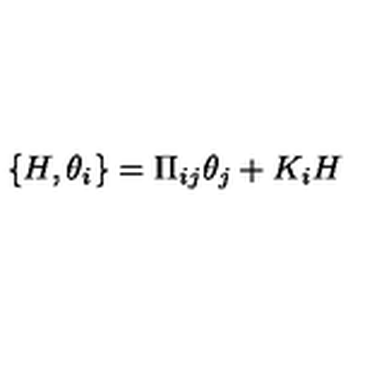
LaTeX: \{ H , \theta _ { i } \} = \Pi _ { i j } \theta _ { j } + K _ { i } H